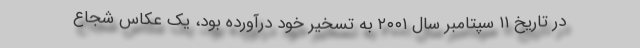
در تاریخ ۱۱ سپتامبر سال ۲۰۰۱ به تسخیر خود درآورده بود، یک عکاس شجاع